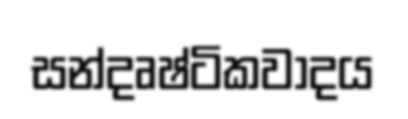
සන්දෘෂ්ටිකවාදය